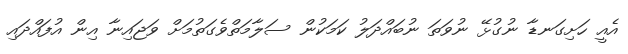
އެއީ ހަށިގަނޑާ ނުގުޅޭ ނުވަތަ ނުބައްދަލު ކަމަކުން ސަލާމަތްވެގަތުމަށް ވަޖައިނާ އިން އުފައްދައި